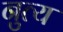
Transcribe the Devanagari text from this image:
नुत्य